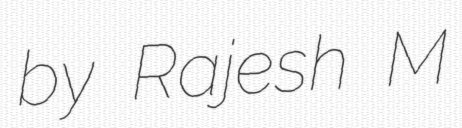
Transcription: by Rajesh M